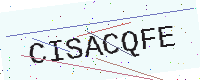
Text: CISACQFE